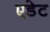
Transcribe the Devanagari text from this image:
एडेट